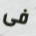
فى